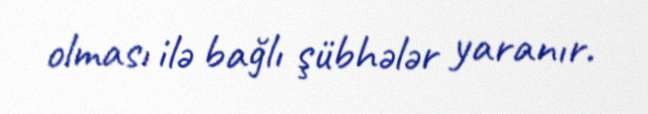
olması ilə bağlı şübhələr yaranır.